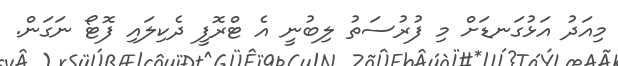
މިއަދު އަޅުގަނޑަށް މި ފުރުސަތު ލިބުނީ އެ ޓްރޮފީ ދެކިލައި ފޮޓޯ ނަގަން.